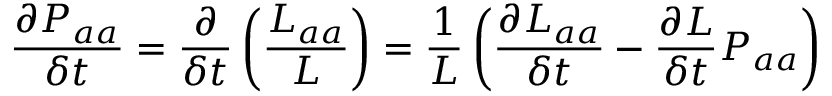
\frac { \partial P _ { a a } } { \delta t } = \frac { \partial } { \delta t } \left( \frac { L _ { a a } } { L } \right) = \frac { 1 } { L } \left( \frac { \partial L _ { a a } } { \delta t } - \frac { \partial L } { \delta t } P _ { a a } \right)